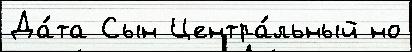
Да́та Сын Центра́льный но